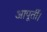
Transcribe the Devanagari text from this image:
आपूर्ती।